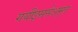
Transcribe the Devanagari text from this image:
गयीइससेअमृत